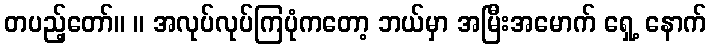
တပည့်တော်။ ။ အလုပ်လုပ်ကြပုံကတော့ ဘယ်မှာ အမြီးအမောက် ရှေ့ နောက်